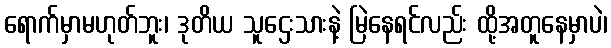
ရောက်မှာမဟုတ်ဘူး၊ ဒုတိယ သူဌေးသားနဲ့ မြဲနေရင်လည်း ထို့အတူနေမှာပဲ၊